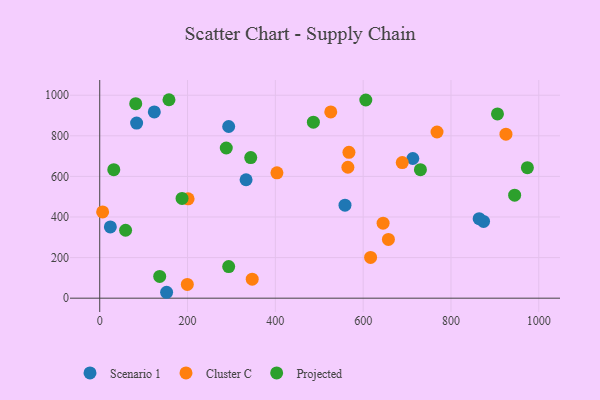
{"axis": {"x": "Price", "y": "Salary"}, "legend": ["Cluster C", "Projected", "Scenario 1"], "data": [{"x": "558.6", "y": 458.0, "type": "Scenario 1"}, {"x": "293.7", "y": 846.0, "type": "Scenario 1"}, {"x": "333.3", "y": 583.6, "type": "Scenario 1"}, {"x": "713.1", "y": 688.3, "type": "Scenario 1"}, {"x": "152.3", "y": 29.1, "type": "Scenario 1"}, {"x": "24.2", "y": 351.2, "type": "Scenario 1"}, {"x": "874.2", "y": 378.3, "type": "Scenario 1"}, {"x": "864.2", "y": 391.5, "type": "Scenario 1"}, {"x": "124.3", "y": 917.9, "type": "Scenario 1"}, {"x": "84.0", "y": 862.9, "type": "Scenario 1"}, {"x": "567.6", "y": 718.8, "type": "Cluster C"}, {"x": "199.5", "y": 67.9, "type": "Cluster C"}, {"x": "565.2", "y": 645.2, "type": "Cluster C"}, {"x": "645.4", "y": 369.4, "type": "Cluster C"}, {"x": "616.9", "y": 200.9, "type": "Cluster C"}, {"x": "768.2", "y": 818.9, "type": "Cluster C"}, {"x": "925.2", "y": 807.9, "type": "Cluster C"}, {"x": "526.2", "y": 917.5, "type": "Cluster C"}, {"x": "347.3", "y": 93.8, "type": "Cluster C"}, {"x": "657.5", "y": 289.6, "type": "Cluster C"}, {"x": "201.3", "y": 489.6, "type": "Cluster C"}, {"x": "689.0", "y": 667.9, "type": "Cluster C"}, {"x": "403.6", "y": 617.8, "type": "Cluster C"}, {"x": "6.6", "y": 425.1, "type": "Cluster C"}, {"x": "32.0", "y": 633.0, "type": "Projected"}, {"x": "343.9", "y": 692.9, "type": "Projected"}, {"x": "730.4", "y": 633.4, "type": "Projected"}, {"x": "606.0", "y": 976.4, "type": "Projected"}, {"x": "136.6", "y": 107.3, "type": "Projected"}, {"x": "905.9", "y": 908.0, "type": "Projected"}, {"x": "82.0", "y": 958.5, "type": "Projected"}, {"x": "58.9", "y": 334.7, "type": "Projected"}, {"x": "157.7", "y": 977.8, "type": "Projected"}, {"x": "293.7", "y": 155.8, "type": "Projected"}, {"x": "288.2", "y": 739.9, "type": "Projected"}, {"x": "486.6", "y": 867.1, "type": "Projected"}, {"x": "945.0", "y": 507.4, "type": "Projected"}, {"x": "187.5", "y": 491.5, "type": "Projected"}, {"x": "974.0", "y": 642.8, "type": "Projected"}]}